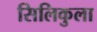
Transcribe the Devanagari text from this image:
सिलिकुला